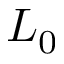
L _ { 0 }